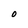
Character: O